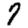
Digit: 7